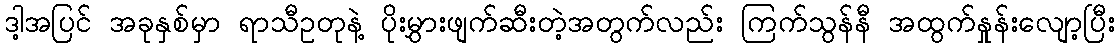
ဒါ့အပြင် အခုနှစ်မှာ ရာသီဥတုနဲ့ ပိုးမွှားဖျက်ဆီးတဲ့အတွက်လည်း ကြက်သွန်နီ အထွက်နှုန်းလျော့ပြီး